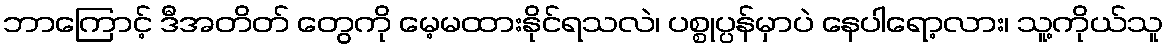
ဘာကြောင့် ဒီအတိတ် တွေကို မေ့မထားနိုင်ရသလဲ၊ ပစ္စုပ္ပန်မှာပဲ နေပါရော့လား၊ သူ့ကိုယ်သူ